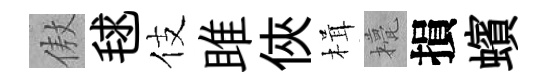
傲毬伎雎俠楫甍損蠙